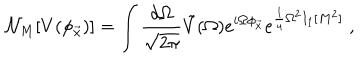
LaTeX: { \cal N } _ { M } [ V ( \phi _ { \vec { x } } ) ] = \int { \frac { d \Omega } { \sqrt { 2 \pi } } } \tilde { V } ( \Omega ) e ^ { i \Omega \phi _ { \vec { x } } } e ^ { { \frac { 1 } { 4 } } \Omega ^ { 2 } I _ { 1 } [ M ^ { 2 } ] } \; ,